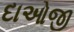
દાઓજી